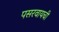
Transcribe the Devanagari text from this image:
पसरवायची